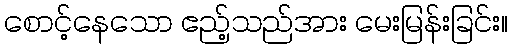
စောင့်နေသော ဧည့်သည်အား မေးမြန်းခြင်း။